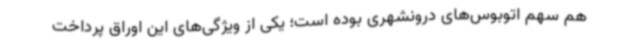
هم سهم اتوبوس‌های درونشهری بوده است؛ یکی از ویژگی‌های این اوراق پرداخت